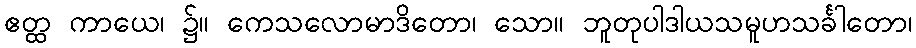
ဧတ္ထ ကာယေ၊ ၌။ ကေသလောမာဒိတော၊ သော။ ဘူတုပါဒါယသမူဟသင်္ခါတော၊